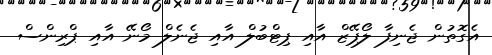
އެގޮތުން ޖެނިފާ ލޯޕޭޒް އާއި ޕިޓްބުލް އާއި ޖެނެލް މޯނޭ އާއި ޕްރިންސް